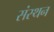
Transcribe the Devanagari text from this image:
संस्थन